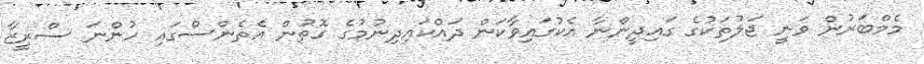
މެމްބަރުން ވަނީ ޖަލުތަކުގެ ގައިދީންނާ އެކުގައިވާކަން ދައްކައިދިނުމުގެ ގޮތުން އެތެންސްގައި ހުންނަ ސްރީޒާ